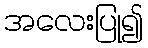
အလေးပြု၍